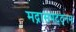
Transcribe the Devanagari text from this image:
मद्रासपट्ट्नम